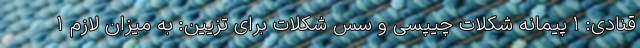
قنادی: ۱ پیمانه شکلات چیپسی و سس شکلات برای تزیین: به میزان لازم ۱